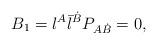
LaTeX: \begin{align*} B_1 = {\l}^{A} {\bar{\l}}^{\dot{B}} P_{A\dot{B}} = 0,\end{align*}